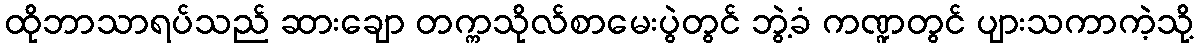
ထိုဘာသာရပ်သည် ဆားချော တက္ကသိုလ်စာမေးပွဲတွင် ဘွဲ့ခံ ကဏ္ဍတွင် ပျားသကာကဲ့သို့